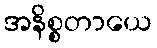
အနိစ္စတာယေ